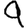
Digit: 9